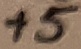
Text: +5